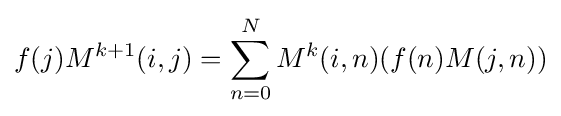
f(j)M^{k+1}(i,j)=\sum _{n=0}^{N}M^{k}(i,n)(f(n)M(j,n))